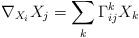
LaTeX: \begin{align*}\nabla_{X_i}X_j=\sum_k \Gamma_{ij}^k X_k\end{align*}